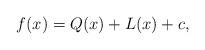
LaTeX: \begin{align*}f(x)=Q(x)+L(x)+c,\end{align*}